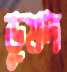
ডুমদ